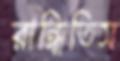
রান্ধিতিস